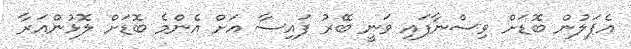
އެޕަލުން ބޮޑަށް ވިސްނާފައި ވަނީ ބޭރު ފައިސާ އަށް އެންމެ ބޮޑަށް ލޮޅުންއަރާ